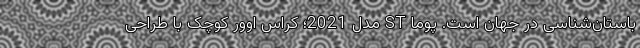
باستان‌شناسی در جهان است. پوما ST مدل 2021؛ کراس اوور کوچک با طراحی